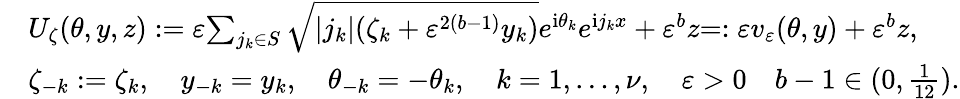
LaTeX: \begin{array}{rl}&{U_{\zeta}(\theta,y,z):=\varepsilon{\sum_{j_{k}\in S}\sqrt{|j_{k}|(\zeta_{k}+\varepsilon^{2(b-1)}y_{k})}e^{\mathrm{i}\theta_{k}}}e^{\mathrm{i}j_{k}x}+\varepsilon^{b}z{=:\varepsilon v_{\varepsilon}(\theta,y)}+\varepsilon^{b}z,}\\ &{\zeta_{-k}:=\zeta_{k},\quad y_{-k}=y_{k},\quad\theta_{-k}=-\theta_{k},\quad k=1,\ldots,\nu,\quad\varepsilon>0\quad b-1\in(0,\frac{1}{12}).}\end{array}